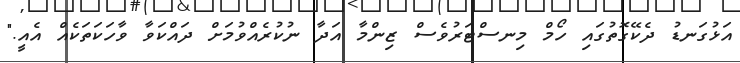
އަަޅުގަނޑު ދެކޭގޮތުގައި ހޯމް މިނސްޓަރުވެސް ޒިންމާ އަދާ ނުކުރެއްވުމަށް ދައްކަވާ ވާހަކަތަކެއް އެއީ."